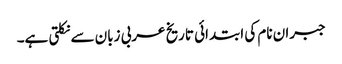
جبران نام کی ابتدائی تاریخ عربی زبان سے نکلتی ہے۔